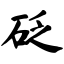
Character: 砭